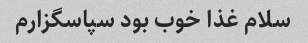
سلام غذا خوب بود سپاسگزارم